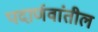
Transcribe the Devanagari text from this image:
पदार्णवांतील